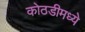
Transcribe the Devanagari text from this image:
कोठडीमध्ये